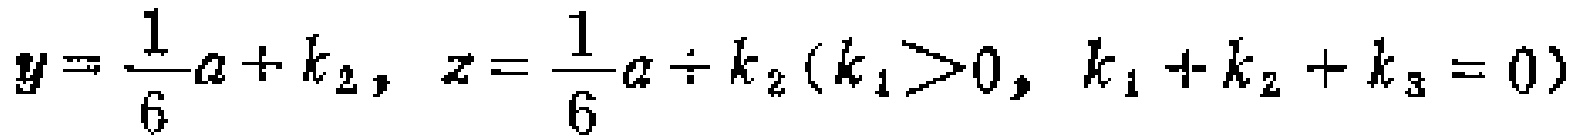
\(y = \frac{1}{6}a + k_{2}, z = \frac{1}{6}a\div k_{2}(k_{1}>0, k_{1}+k_{2}+k_{3}=0)\)